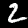
Digit: 2